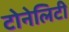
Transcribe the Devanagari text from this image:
टोनेलिटी